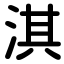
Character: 淇